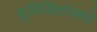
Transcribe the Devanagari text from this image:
सुशिक्षितांमध्ये